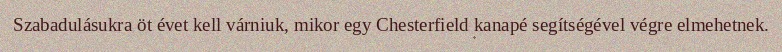
Szabadulásukra öt évet kell várniuk, mikor egy Chesterfield kanapé segítségével végre elmehetnek.